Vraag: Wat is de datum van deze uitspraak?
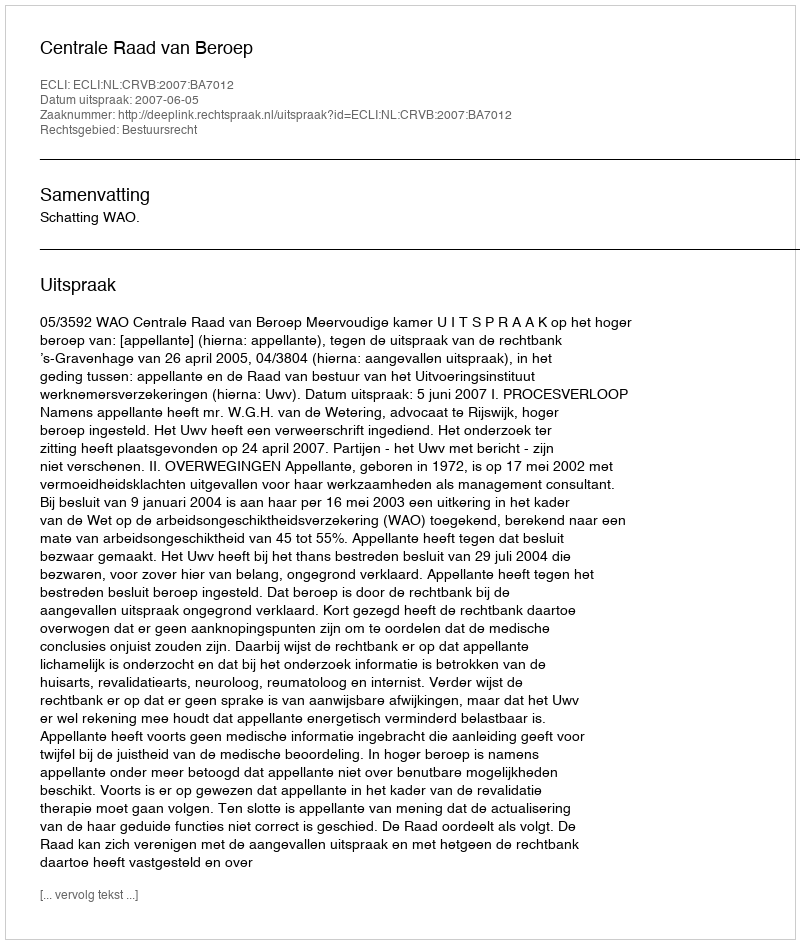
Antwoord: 2007-06-05